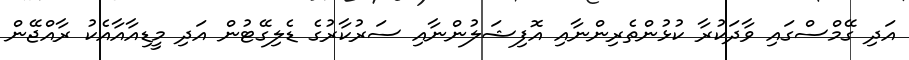
އަދި ގޭމްސްގައި ވާދަކުރާ ކުޅުންތެރިންނާއި އޮފިޝަލުންނާއި ސަރުކާރުގެ ޑެލިގޭޓުން އަދި މީޑިއާއާއެކު ރާއްޖޭން